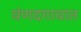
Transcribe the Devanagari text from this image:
वंणदगावात